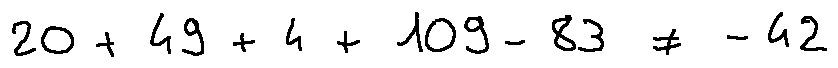
2 0 + 4 9 + 4 + 1 0 9 - 8 3 \neq - 4 2